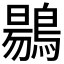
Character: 𪃌